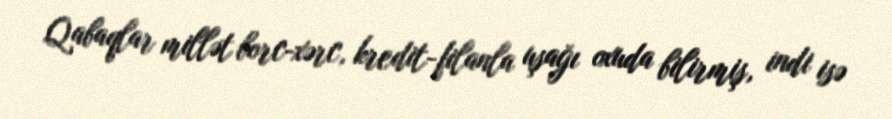
Qabaqlar millət borc-xərc, kredit-filanla uşağı oxuda bilirmiş, indi isə